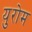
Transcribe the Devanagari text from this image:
युरोम